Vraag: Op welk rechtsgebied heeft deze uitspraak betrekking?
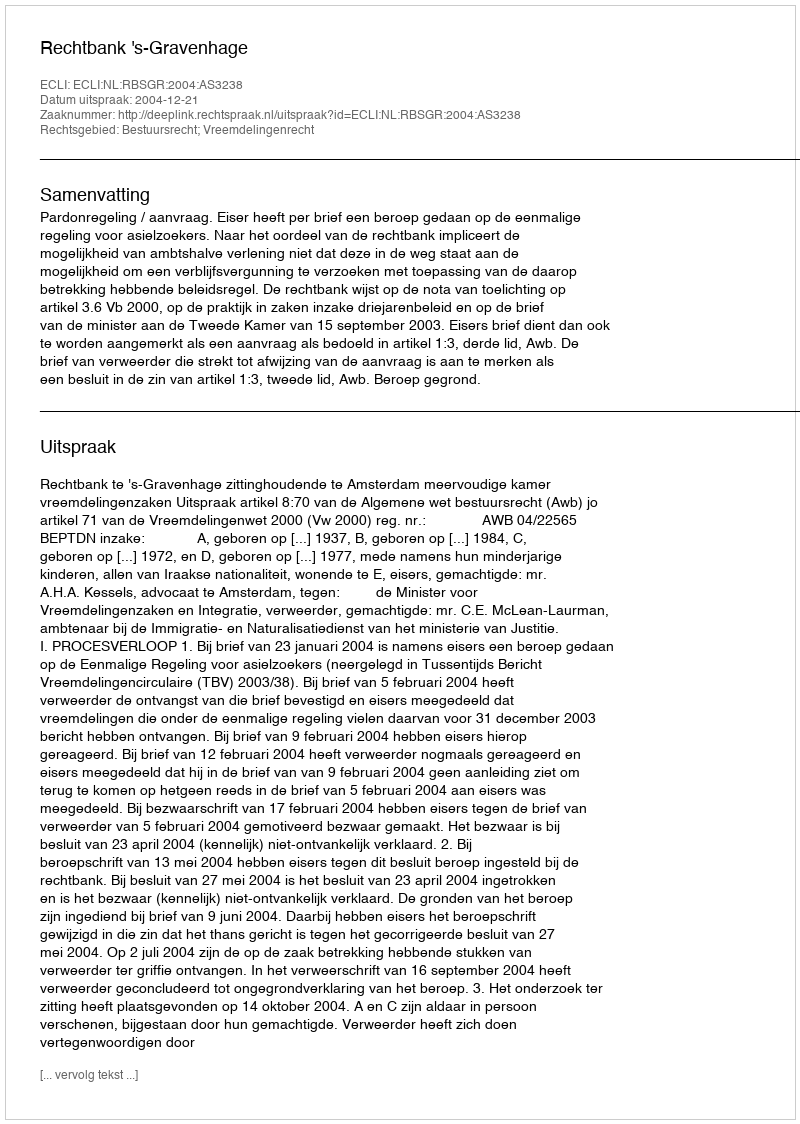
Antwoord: Bestuursrecht; Vreemdelingenrecht